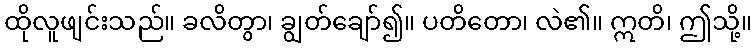
ထိုလူဖျင်းသည်။ ခလိတွာ၊ ချွတ်ချော်၍။ ပတိတော၊ လဲ၏။ ဣတိ၊ ဤသို့။